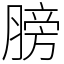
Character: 膀